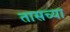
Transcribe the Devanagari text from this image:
तासच्या